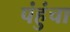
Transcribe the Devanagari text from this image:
पंहुंचा